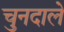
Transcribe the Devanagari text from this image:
चुनदाले